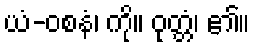
ယံ-ဝစနံ၊ ကို။ ဝုတ္တံ၊ ၏။